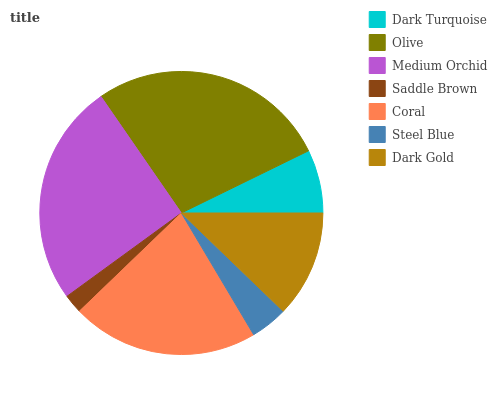
| Dark Turquoise | Olive | Medium Orchid | Saddle Brown | Coral | Steel Blue | Dark Gold |
 | --- | --- | --- | --- | --- | --- | --- |
 | 7.24% | 27.4% | 25.5% | 2.18% | 21.3% | 4.25% | 12.2% |